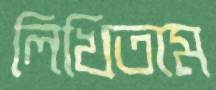
লিখিতাম